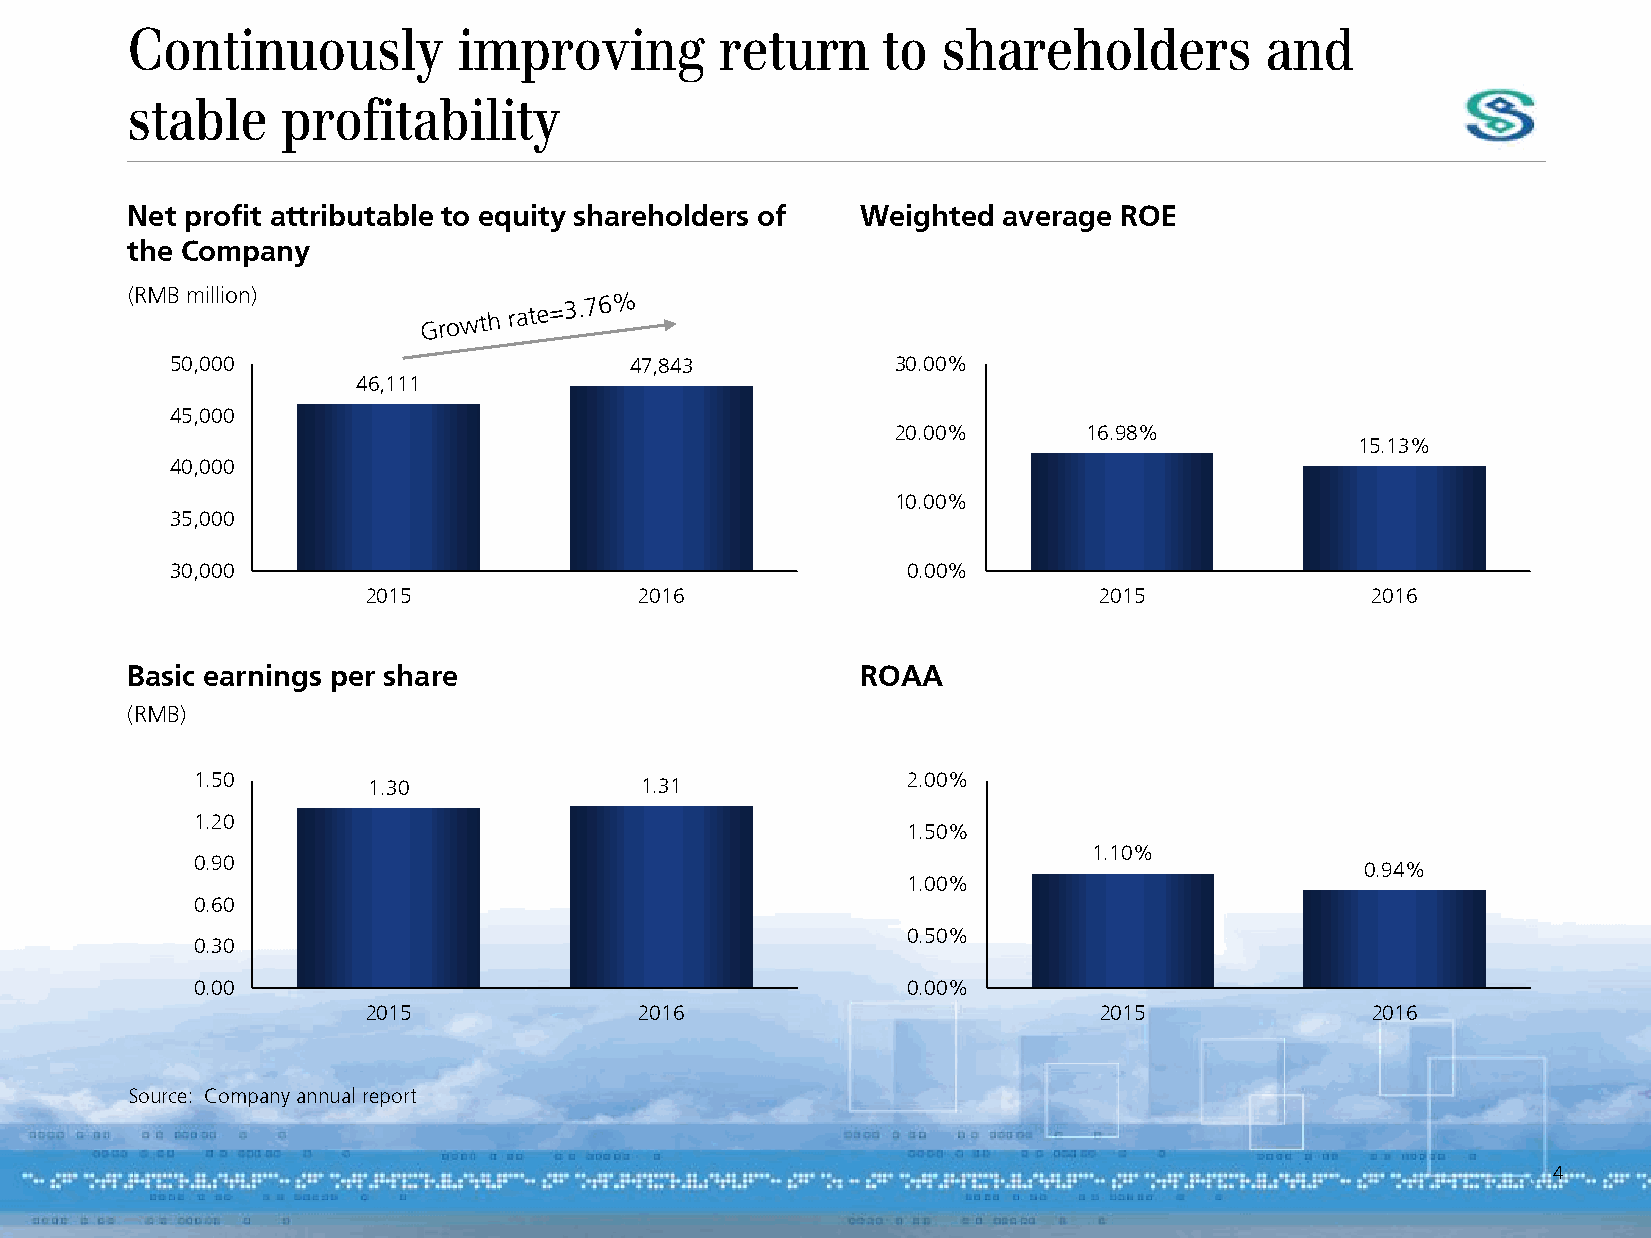
Continuously          improving         return    to  shareholders          and
 stable     profitability
 Net profit attributable to equity shareholders of Weighted average ROE
 the Company
 (RMB million)
 50,000                         47,843           30.00%
 46,111
 45,000
 20.00%       16.98%
 15.13%
 40,000
 10.00%
 35,000
 30,000                                           0.00%
 2015              2016                           2015              2016
 Basic earnings per share                         ROAA
 (RMB)
 1.50       1.30              1.31              2.00%
 1.20
 1.50%
 1.10%
 0.90
 0.94%
 1.00%
 0.60
 0.50%
 0.30
 0.00                                           0.00%
 2015              2016                           2015              2016
 Source: Company annual report
 4